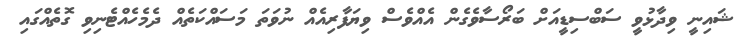
ޝައިނީ ވިދާޅުވީ ސަބްސިޑީއަށް ބަރޯސާވެގެން އެއްވެސް ވިޔަފާރިއެއް ނުވަތަ މަސައްކަތެއް ދެމެހެއްޓެނިވި ގޮތެއްގައި